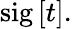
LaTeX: \mathrm{sig}\left[t\right].